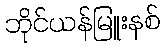
ဘိုင်ယန်မြူးနစ်